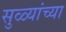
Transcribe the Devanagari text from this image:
सुळ्यांच्या